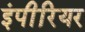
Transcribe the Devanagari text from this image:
इंपीरियर